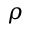
\rho